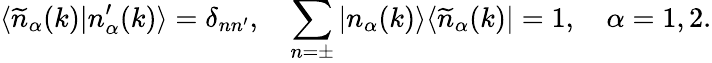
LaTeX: \langle\widetilde{n}_{\alpha}(k)|n_{\alpha}^{\prime}(k)\rangle=\delta_{nn^{\prime}},\quad\sum_{n=\pm}|n_{\alpha}(k)\rangle\langle\widetilde{n}_{\alpha}(k)|=1,\quad\alpha=1,2.